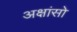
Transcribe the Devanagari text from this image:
अक्षांसो